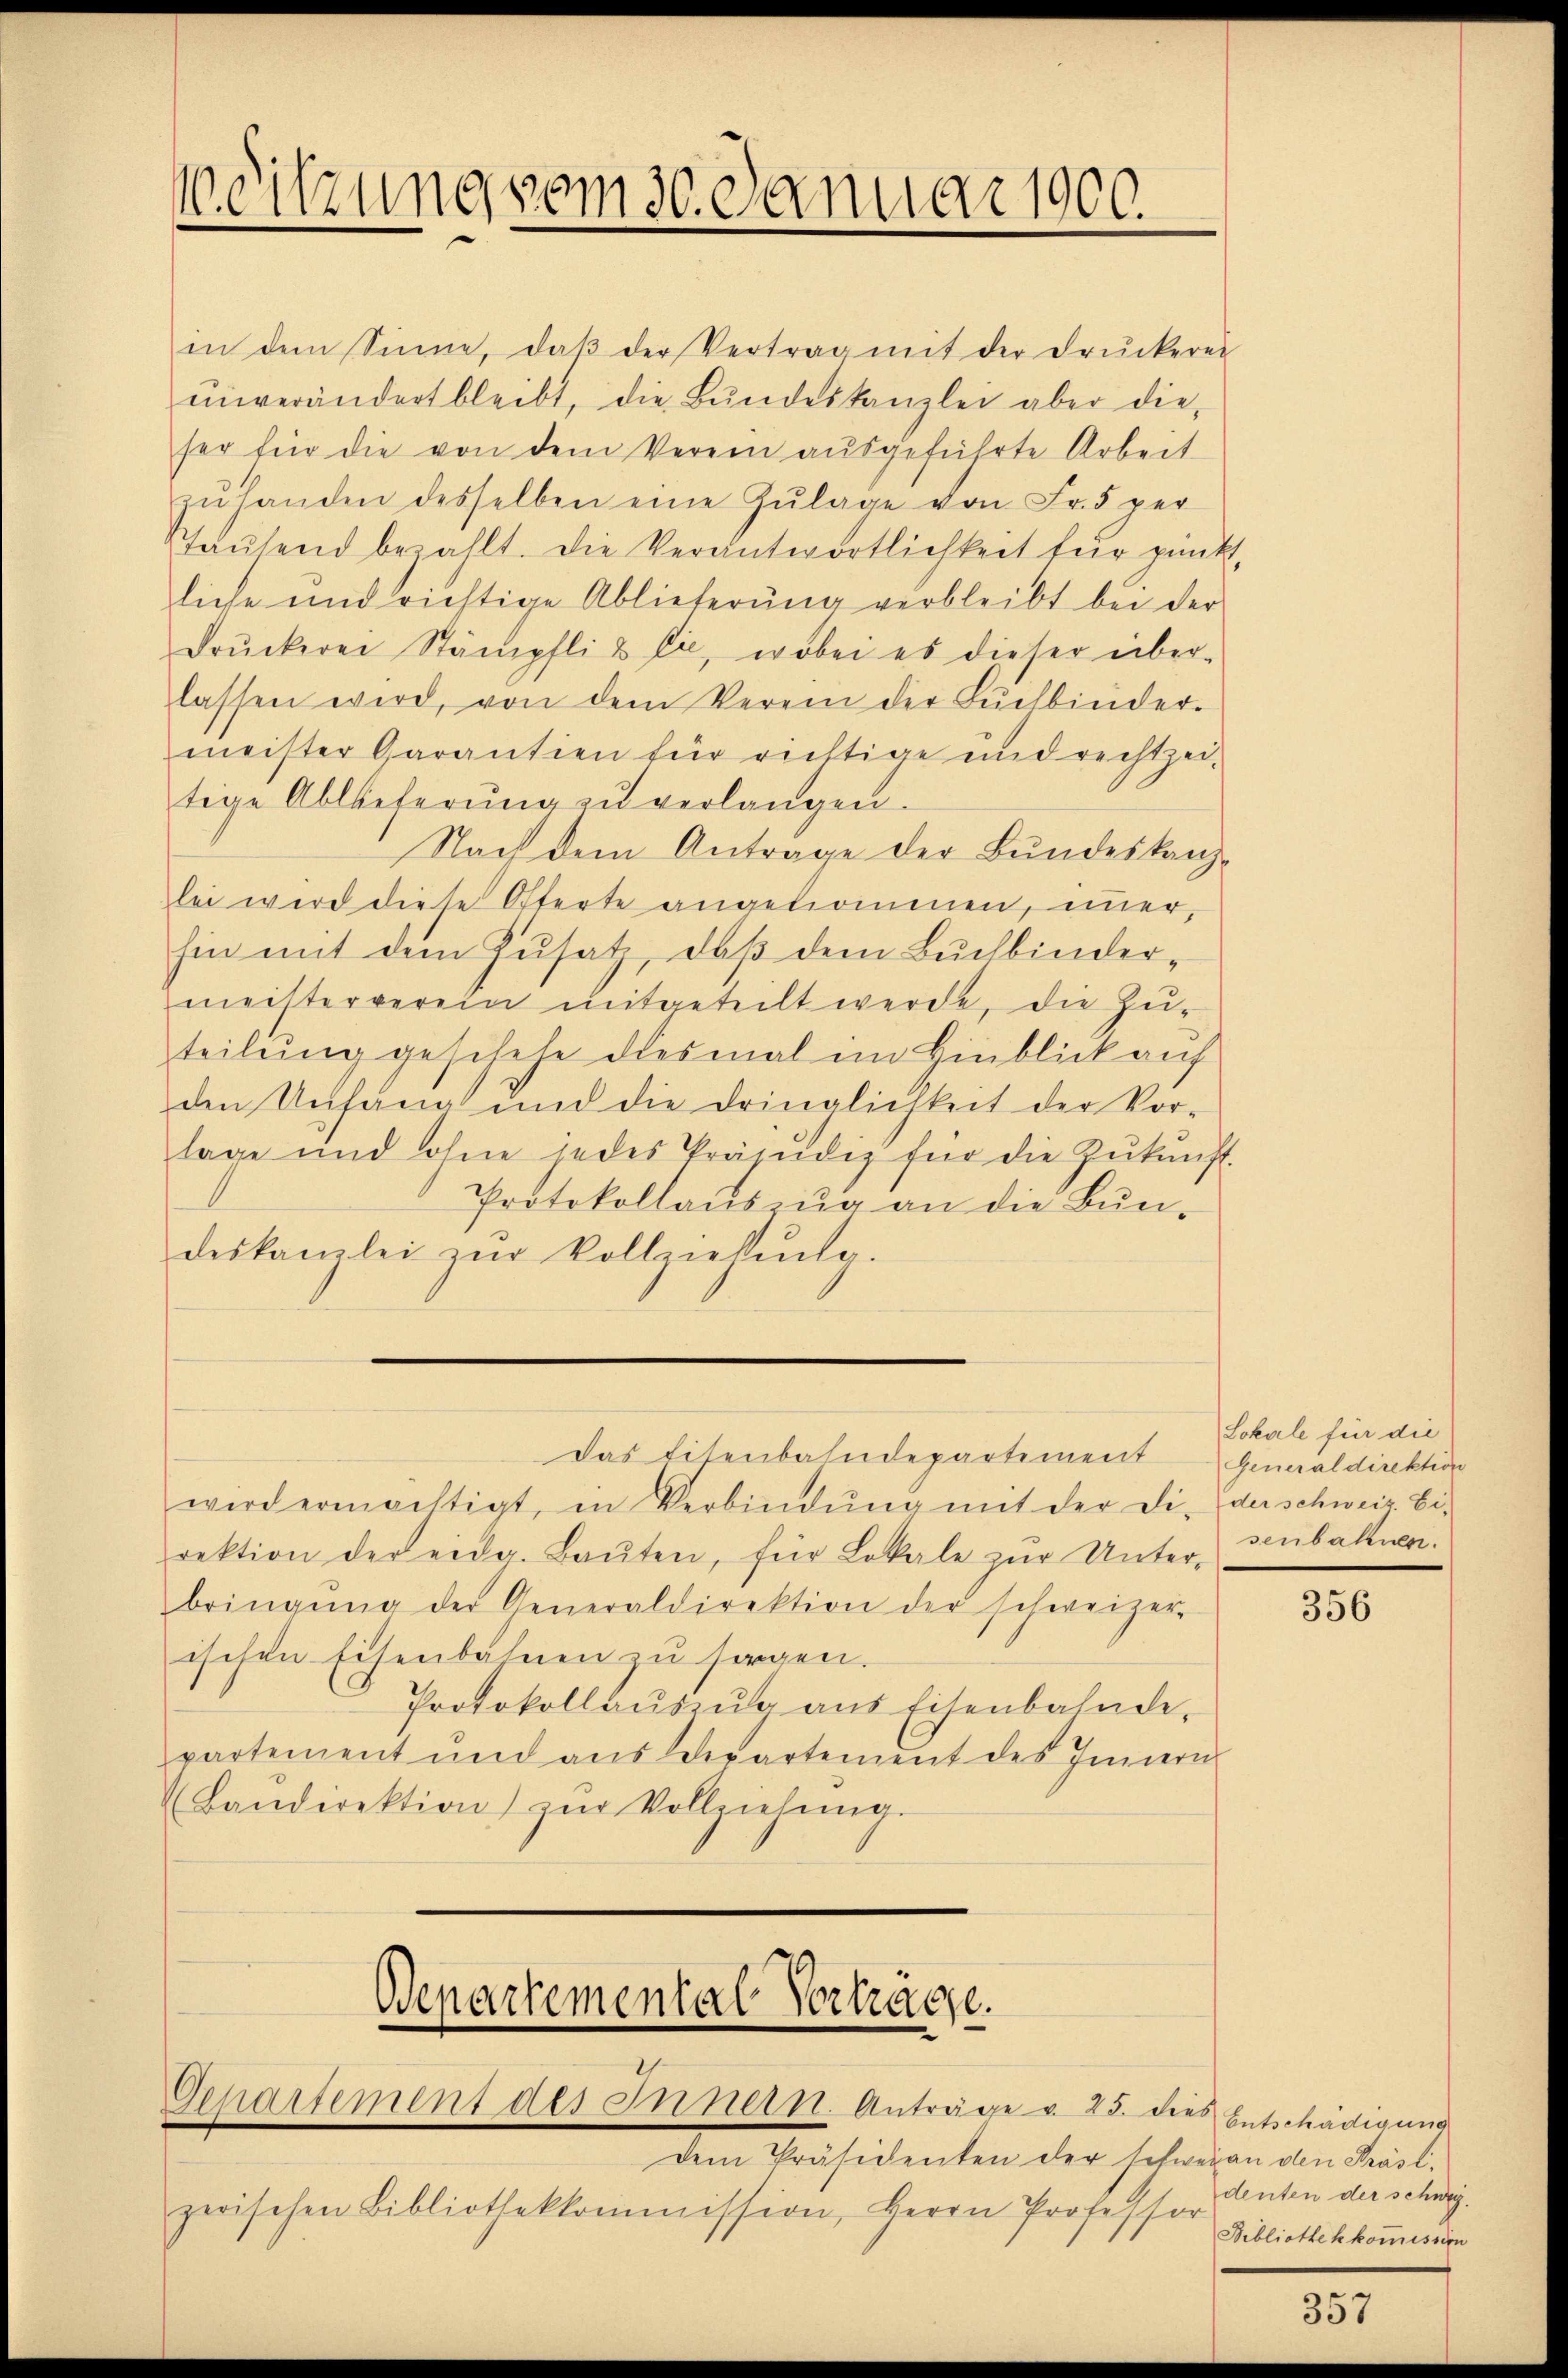
Weitzung vom 30. Januar 1900.

in dem Sinne, daβ der Vertrag mit der Druckerei
einverändert bleibt, die Bŭndeskanzlei aber die
ser für die von dem Verein ausgeführte Arbeit
zŭ handen desselben eine Zŭlage von Fr. 5 per
Stausend bezahlt. Die Verantwortlichkeit für pünk
liche und richtige Ablieferung verbleibt bei der
drŭckerei Stämpfli & Cie, wobei es dieser über-
lassen wird, von dem Verein der Bŭchbinder-
meister Garantien für richtige und rechtzei-
tige Ablieferŭng zŭ verlangen.
Nach dem Antrage der Bundeskanz-
lei wird diese Offerte angekomnen, immer,
hin mit dem Zusatz, daß dem Buchbindermeisterverein mitgeteilt werde, die Zu-
teilung geschehe diesmal im Hinblick auf
den Unhäng und die dringlichkeit der Vor-
lage und ohne jedes Präjudiz für die Zŭkŭnft.
Protokollausung an die Bŭn-
deskanzlei zŭr Vollziehŭng.
Das Eisenbahndepartement Generaldirektion
wird ermächtigt, in Verbindŭng mit der Di- der schweiz. Ei
rektion der eidg. Baŭten, für Lokale zŭr Unter- senbahnen.
bringŭng der Generaldirektion der schweizer-
ischen Eisenbahnen zu sorgen.
Protokollauszug aus Eisenbahnde
partement und aus Departement des Innern
(Bandirektion zŭr Vollziehŭng.

Departemental Vorträge.
Gepartement des Innern. Anträge v. 25. dies Entschädigung

Dem Präsidenten der schwer an den Präsizwischen Bibliothekkommission, Herrn Professor

Lokale für die

356

denten der schweg.
Bibliothek kommission

357